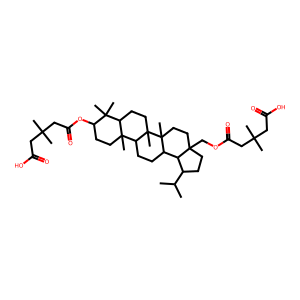
SMILES: CC(C)C1CCC2(COC(=O)CC(C)(C)CC(=O)O)CCC3(C)C(CCC4C5(C)CCC(OC(=O)CC(C)(C)CC(=O)O)C(C)(C)C5CCC43C)C12
Inhibits HIV replication: No